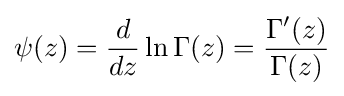
\psi (z)={\frac {d}{dz}}\ln \Gamma (z)={\frac {\Gamma '(z)}{\Gamma (z)}}